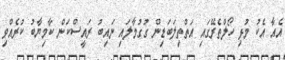
އެއާ އެކު މުޅި ހޯލްތެރޭގައި އަތްތިލަބަޑިން ގުގުމާލައި ނައިބު ރައީސްކަން ކާމިޔާބު ކުރެއްވި